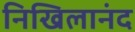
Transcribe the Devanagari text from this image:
निखिलानंद